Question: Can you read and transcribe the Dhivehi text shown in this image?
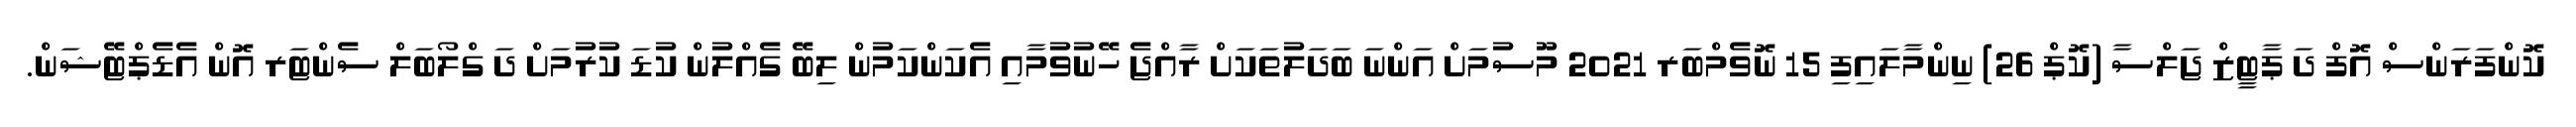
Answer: ކޮންފަރަންސް އޮފް ދަ ޕާޓީޒް ޖަލްސާ (ކޮޕް 26) ނިންމާލައިފި 15 ނޮވެމްބަރ 2021 މޫސުމަށް އަންނަ ބަދަލުތަކަށް ރާއްޖެ ހޭނުވުމާއި އެކަންކަމުން ލިބޭ ގެއްލުން ކުޑަ ކުރުމަށް ދަ ގްލޯބަލް ސެންޓަރ އޮން އެޑެޕްޓޭޝަން.